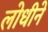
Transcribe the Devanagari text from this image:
लोधीने